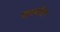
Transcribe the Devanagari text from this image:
शाहीस